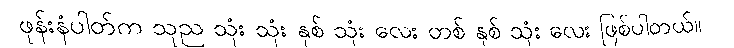
ဖုန်းနံပါတ်က သုည သုံး သုံး နှစ် သုံး လေး တစ် နှစ် သုံး လေး ဖြစ်ပါတယ်။